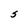
Character: S